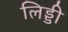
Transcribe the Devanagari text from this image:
लिड्डी